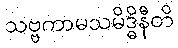
သဗ္ဗကာမသမိဒ္ဓိနီတိ